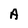
Character: A